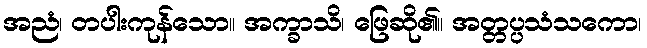
အညံ၊ တပါးကုန်သော။ အက္ခာသိ၊ ဖြေဆို၏။ အတ္တပ္ပသံသကော၊